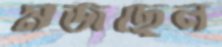
মজছেন